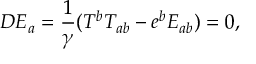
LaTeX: D { \cal E } _ { a } = \frac { 1 } { \gamma } ( T ^ { b } { \cal T } _ { a b } - e ^ { b } { \cal E } _ { a b } ) = 0 ,